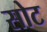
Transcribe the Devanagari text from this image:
सोट